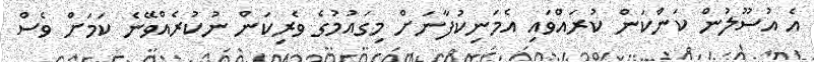
އެ އުސޫލުން ކަންކަން ކުރައްވައި އެމަނިކުފާނަށް މިގައުމުގެ ވެރިކަން ނުކުރެއްވޭނެ ކަމަށް ވެސް